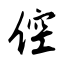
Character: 倥